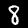
Digit: 8